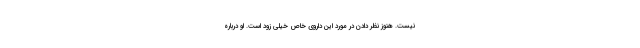
نیست. هنوز نظر دادن در مورد این داروی خاص خیلی زود است. او درباره